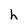
Character: h